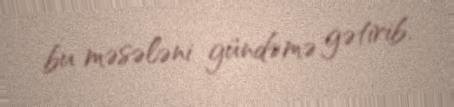
bu məsələni gündəmə gətirib.